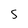
Character: 5